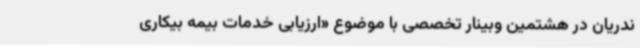
ندریان در هشتمین وبینار تخصصی با موضوع «ارزیابی خدمات بیمه بیکاری